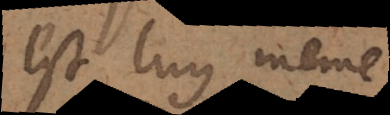
est luy même